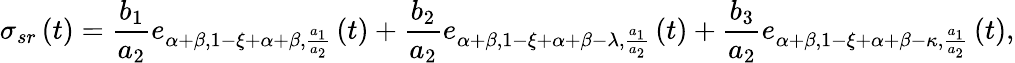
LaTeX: \sigma_{sr}\left(t\right)=\frac{b_{1}}{a_{2}}e_{\alpha+\beta,1-\xi+\alpha+\beta,\frac{a_{1}}{a_{2}}}\left(t\right)+\frac{b_{2}}{a_{2}}e_{\alpha+\beta,1-\xi+\alpha+\beta-\lambda,\frac{a_{1}}{a_{2}}}\left(t\right)+\frac{b_{3}}{a_{2}}e_{\alpha+\beta,1-\xi+\alpha+\beta-\kappa,\frac{a_{1}}{a_{2}}}\left(t\right),